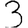
Digit: 3